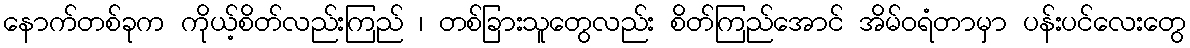
နောက်တစ်ခုက ကိုယ့်စိတ်လည်းကြည် ၊ တစ်ခြားသူတွေလည်း စိတ်ကြည်အောင် အိမ်ဝရံတာမှာ ပန်းပင်လေးတွေ